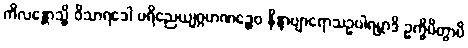
ကိလန္တောသ္မိ ဝိသာရဒေါ ပရိညေယျဂ္ဂဟဏဉ္စေဝ နိန္ဒာဗျာရောသဥပါရမ္ဘာဒိ ဥက္ခိပိတွာပိ